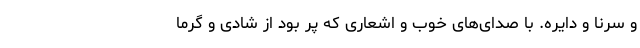
و سرنا و دایره. با صدای‌های خوب و اشعاری که پر بود از شادی و گرما